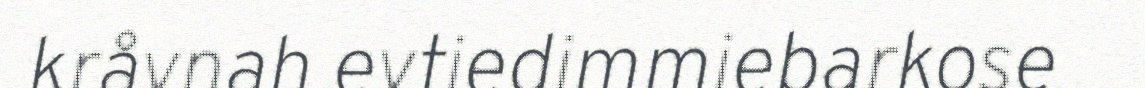
kråvnah evtiedimmiebarkose